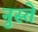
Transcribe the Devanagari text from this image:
नुस्ते